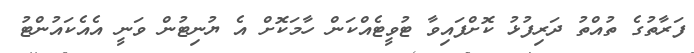
ފަރާތުގެ ތުއްތު ދަރިފުޅު ކޮށްފައިވާ ޓުވީޓެއްކަން ހާމަކޮށް އެ ޔުނިޓުން ވަނީ އެއެކައުންޓު